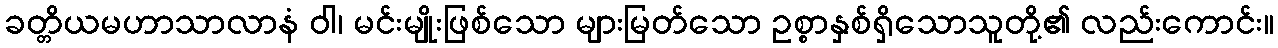
ခတ္တိယမဟာသာလာနံ ဝါ၊ မင်းမျိုးဖြစ်သော များမြတ်သော ဥစ္စာနှစ်ရှိသောသူတို့၏ လည်းကောင်း။